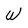
Character: W